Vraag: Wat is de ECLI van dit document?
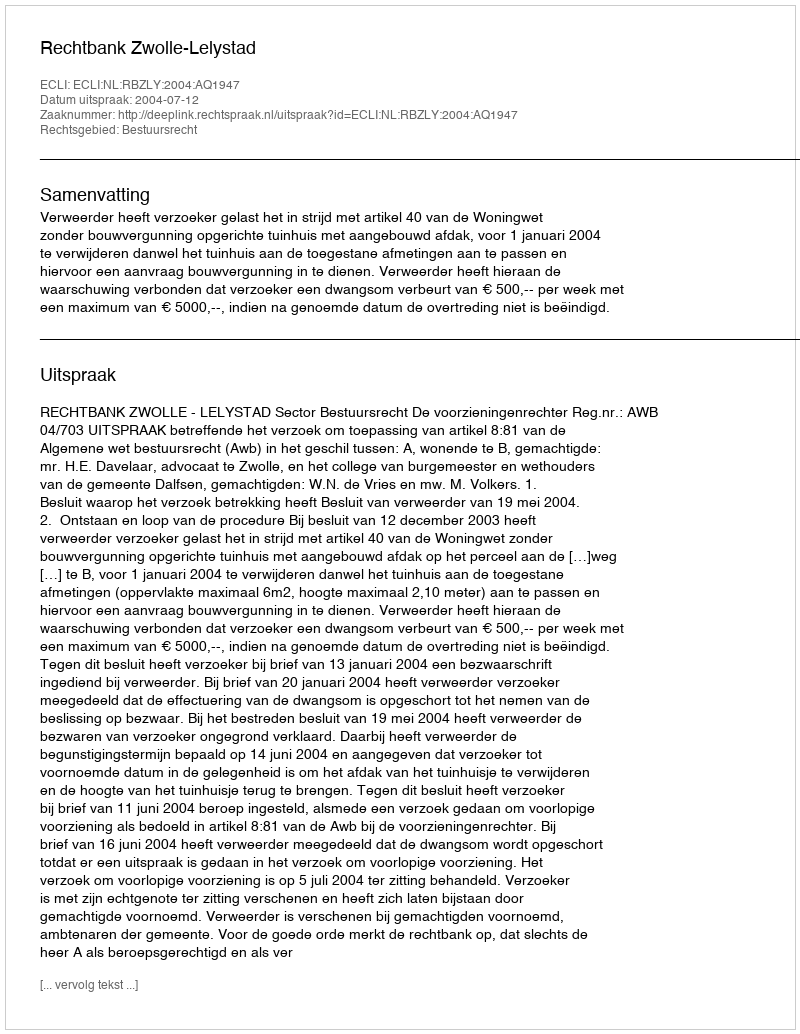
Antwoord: ECLI:NL:RBZLY:2004:AQ1947